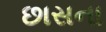
છાસના